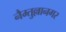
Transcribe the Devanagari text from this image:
नैम्तुल्लानगर